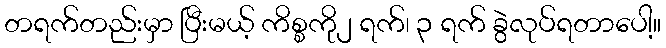
တရက်တည်းမှာ ပြီးမယ့် ကိစ္စကို၂ ရက်၊ ၃ ရက် ခွဲလုပ်ရတာပေါ့။